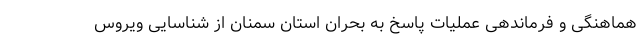
هماهنگی و فرماندهی عملیات پاسخ به بحران استان سمنان از شناسایی ویروس